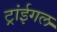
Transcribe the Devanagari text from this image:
ट्रांईगल